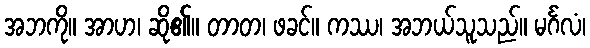
အဘကို။ အာဟ၊ ဆို၏။ တာတ၊ ဖခင်။ ကဿ၊ အဘယ်သူသည်။ မင်္ဂလံ၊